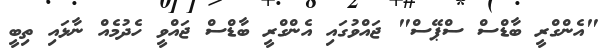
"އެންގްރީ ބާޑްސް ސްޕޭސް" ޖައްވުގައި އެންގްރީ ބާޑްސް ޖައްވީ ހެދުމެއް ނާޅައި ތިބީ